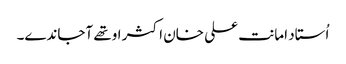
اُستاد امانت علی خان اکثر اوتھے آجاندے۔